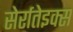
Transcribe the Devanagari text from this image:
सेर्रातेइक्स